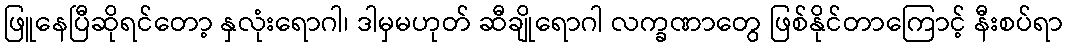
ဖြူနေပြီဆိုရင်တော့ နှလုံးရောဂါ၊ ဒါမှမဟုတ် ဆီချိုရောဂါ လက္ခဏာတွေ ဖြစ်နိုင်တာကြောင့် နီးစပ်ရာ